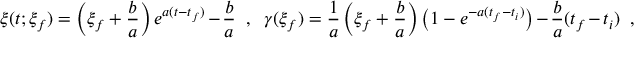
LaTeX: \xi ( t ; \xi _ { f } ) = \left( \xi _ { f } + \frac { b } { a } \right) e ^ { a ( t - t _ { f } ) } - \frac { b } { a } \ \ , \ \ \gamma ( \xi _ { f } ) = \frac { 1 } { a } \left( \xi _ { f } + \frac { b } { a } \right) \left( 1 - e ^ { - a ( t _ { f } - t _ { i } ) } \right) - \frac { b } { a } ( t _ { f } - t _ { i } ) \ \ ,